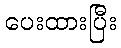
ပေးထားပြီး